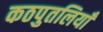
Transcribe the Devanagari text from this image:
कठपुतलियाँ